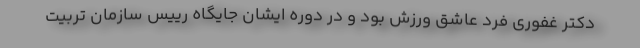
دکتر غفوری فرد عاشق ورزش بود و در دوره ایشان جایگاه رییس سازمان تربیت